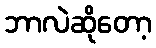
ဘာလဲဆိုတော့